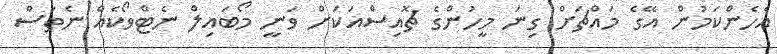
އެހެންކަމުން އޭގެ މައްޗަށް ގިނަ މީހުންގެ ޗޮއިސްއަކަށް ވަނީ މޯބައިލް ނެޓްވޯކެއް ނެތަސް